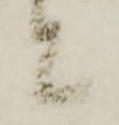
と